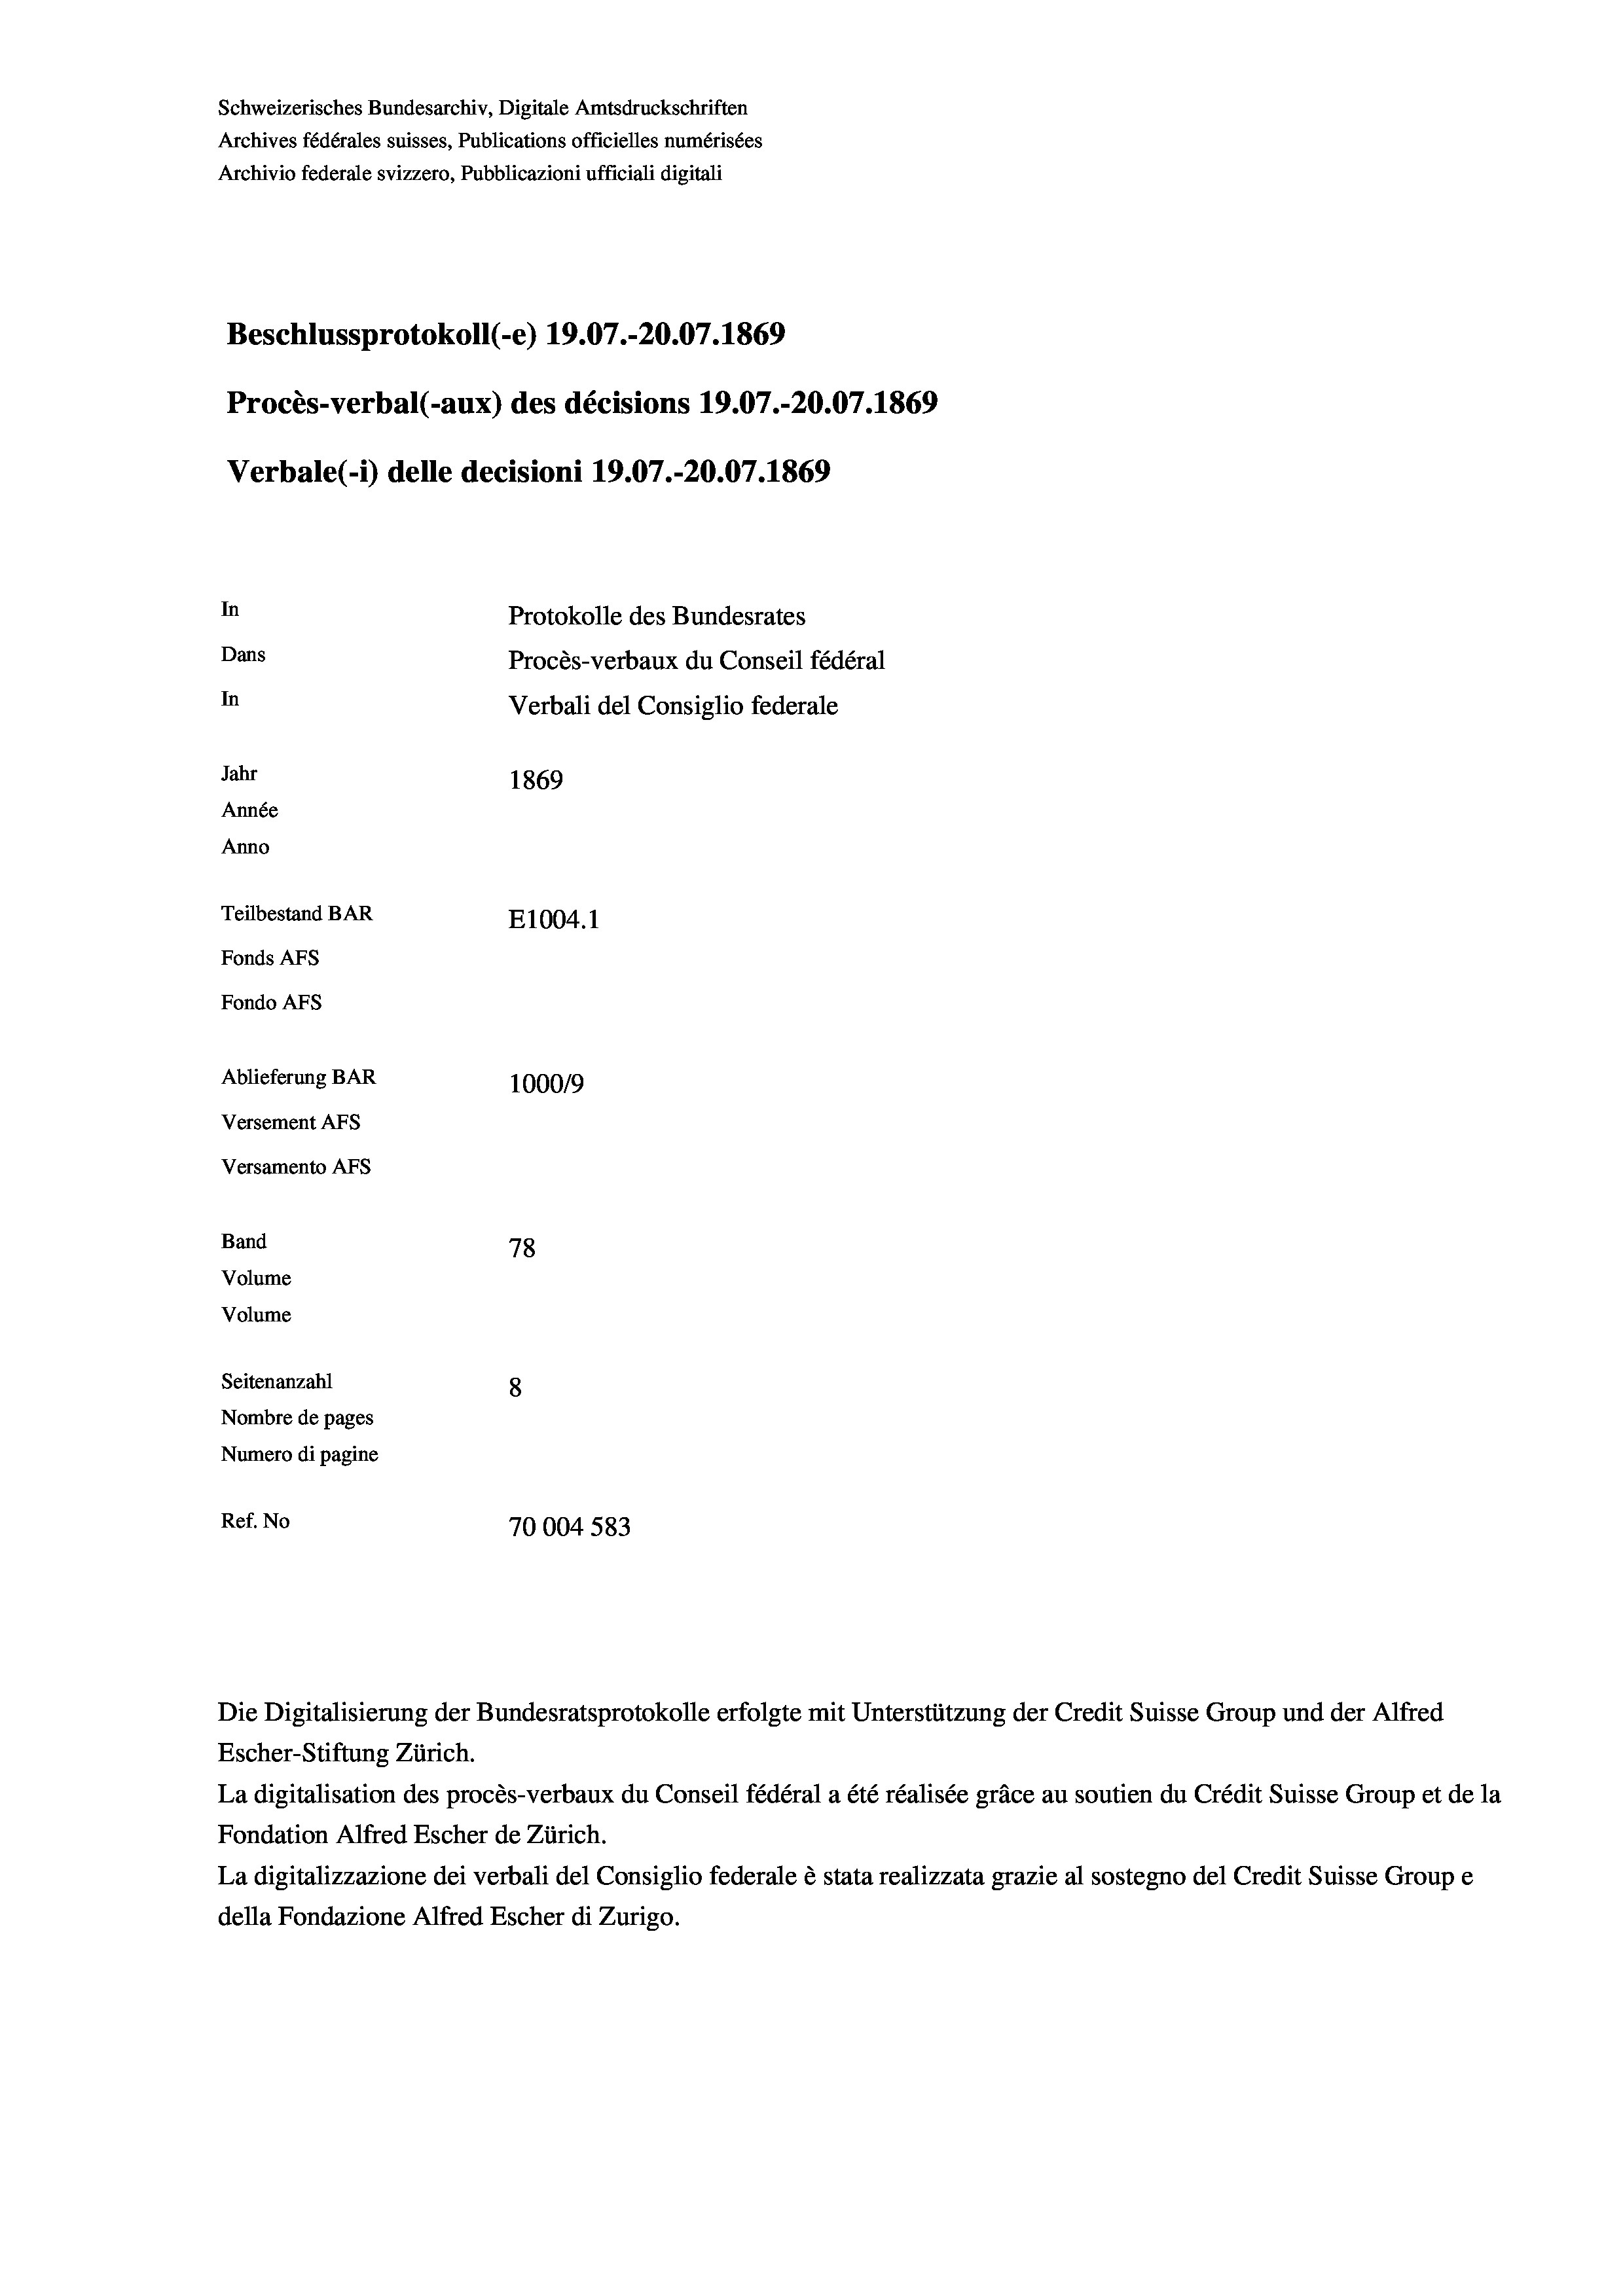
Schweizerisches Bundesarchiv, Digitale Amtsdruckschriften
Archives fédérales suisses, Publications officielles numérisées
Archivio federale svizzero, Pubblicazioni ufficiali digitali
Beschlussprotokoll (-e) 19.07.-20.07. 1869
Procès-verbal (-aux) des décisions 19.07.-20.07. 1869
Verbale (i) delle decisioni 19.07.-20.07. 1869
In
Protokolle des Bundesrates
Dans
Procès-verbaux du Conseil fédéral
In
Verbali del Consiglio federale
Jahr
1869
Année
Anno
Teilbestand BAR
E1004.1
Fonds AFs
Fondo AFs
Ablieferung BAR
100019
Versement As
Versamento AFS
Band
78
Volume
Volume

8
Nombre de pages
Numero di pagine
Ref. No
70004 583

Seitenanzahl

Die Digitalisierung der Bundesratsprotokolle erfolgte mit Unterstützung der Credit Suisse Group und der Alfred
Escher-Stiftung Zürich.
La digitalisation des procès-verbaux du Conseil fédéral a été réalisée gräce au soutien du Crédit Suisse Group et de la
Fondation Alfred Escher de Zürich.
La digitalizzazione dei verbali del Consiglio federale è stata realizzata grazie al sostegno del Credit Suisse Groupe
della Fondazione Alfred Escher di Zurigo.